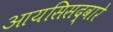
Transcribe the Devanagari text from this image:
आयसिसद्वारे